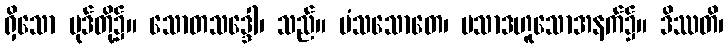
ရှိသော ပုဒ်တို့၌။ သောတသဒ္ဒေါ၊ သည်။ မံသသောတေ၊ ပသာဒဟူသောအနက်၌။ ဒိဿတိ၊